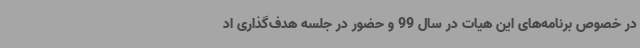
در خصوص برنامه‌های این هیات در سال 99 و حضور در جلسه هدف‌گذاری اد